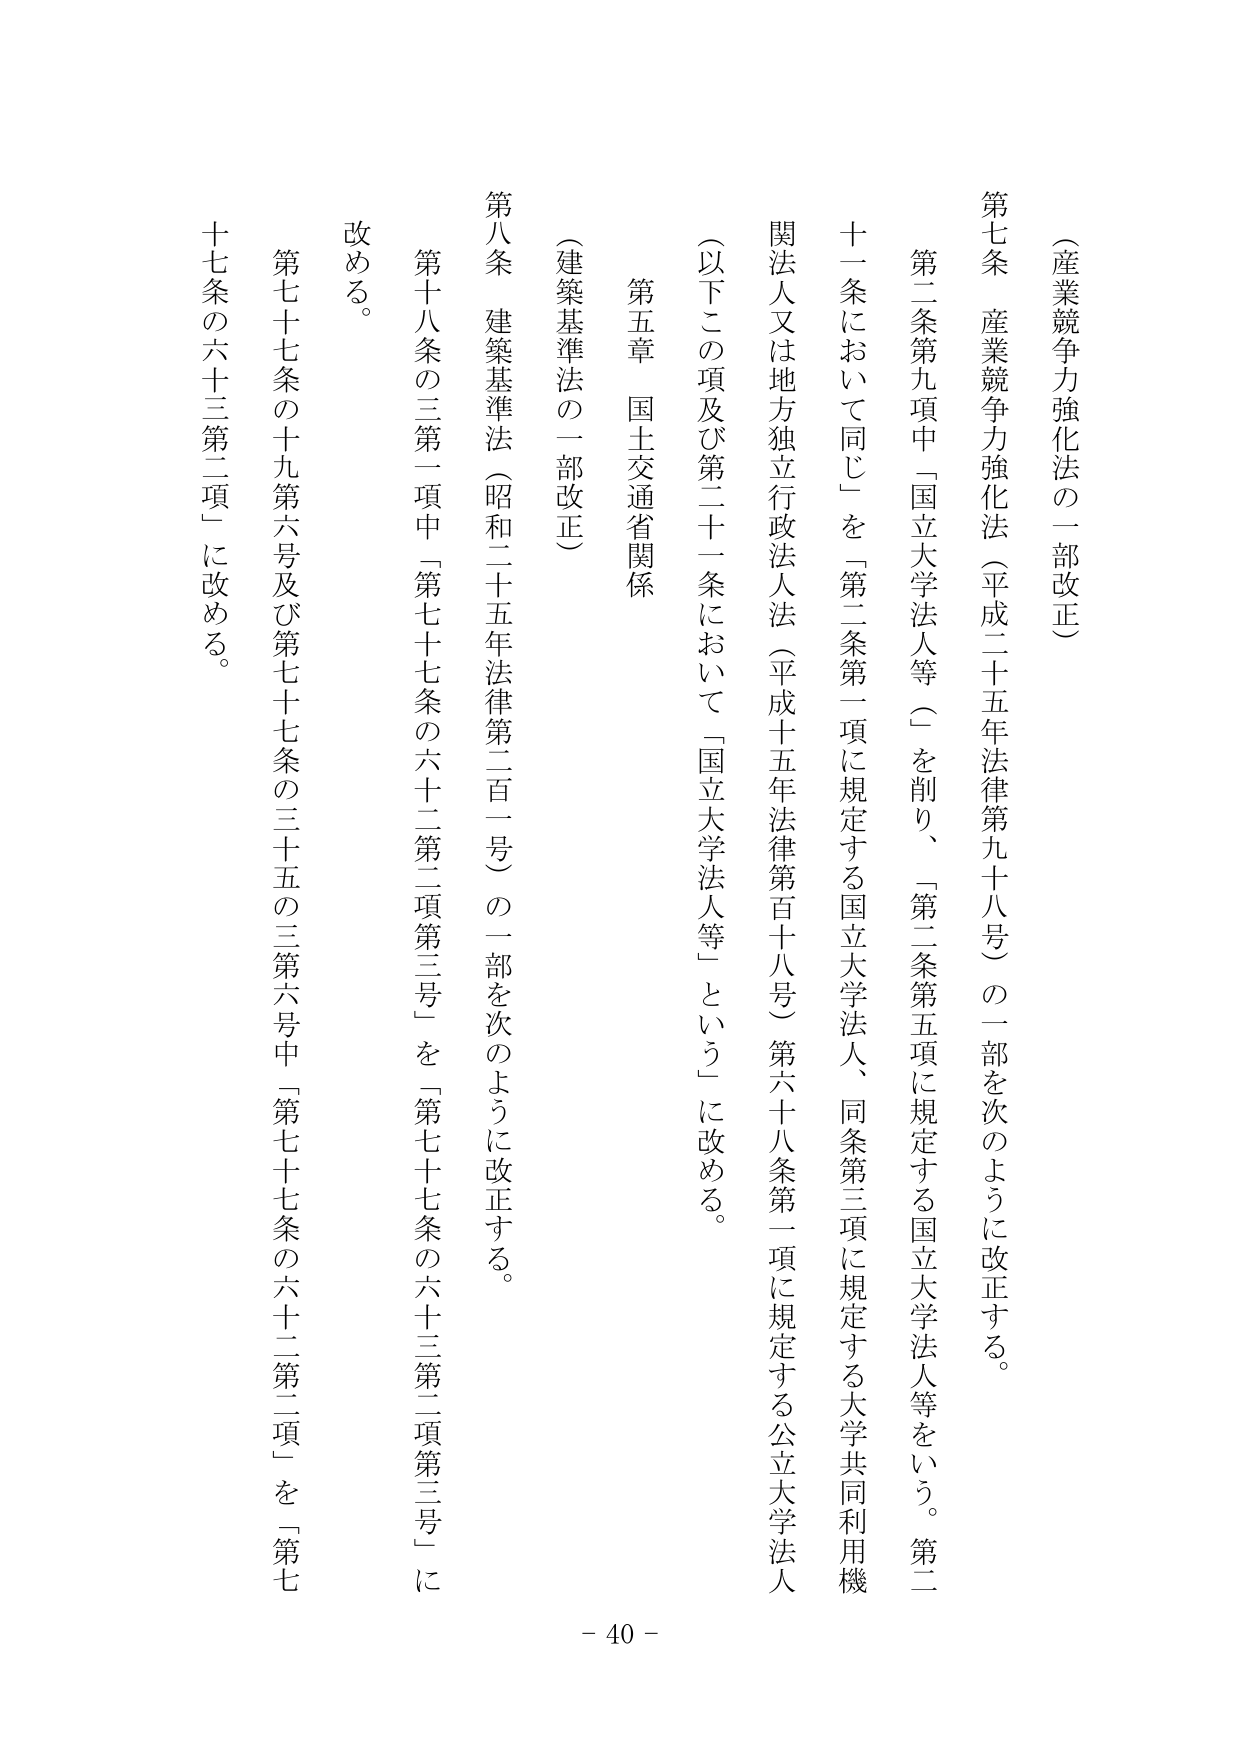
（産業競争力強化法の一部改正）

第七条　産業競争力強化法（平成二十五年法律第九十八号）の一部を次のように改正する。

　第二条第九項中「国立大学法人等（」を削り、「第二条第五項に規定する国立大学法人等をいう。第二十一条において同じ」を「第二条第一項に規定する国立大学法人、同条第三項に規定する大学共同利用機関法人又は地方独立行政法人法（平成十五年法律第百十八号）第六十八条第一項に規定する公立大学法人（以下この項及び第二十一条において「国立大学法人等」という）」に改める。

第五章　国土交通省関係

（建築基準法の一部改正）

第八条　建築基準法（昭和二十五年法律第二百一号）の一部を次のように改正する。

　第十八条の三第一項中「第七十七条の六十二第二項第三号」を「第七十七条の六十三第二項第三号」に改める。

　第七十七条の十九第六号及び第七十七条の三十五の三第六号中「第七十七条の六十二第二項」を「第七十七条の六十三第二項」に改める。

- 40 -